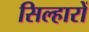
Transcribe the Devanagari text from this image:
सिल्हारों